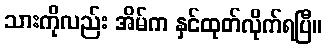
သားကိုလည်း အိမ်က နှင်ထုတ်လိုက်ရပြီ။